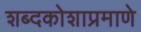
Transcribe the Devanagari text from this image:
शब्दकोशाप्रमाणे